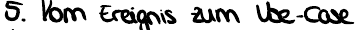
5. Vom Ereignis zum Use-Case